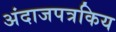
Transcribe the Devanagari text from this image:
अंदाजपत्रकिय